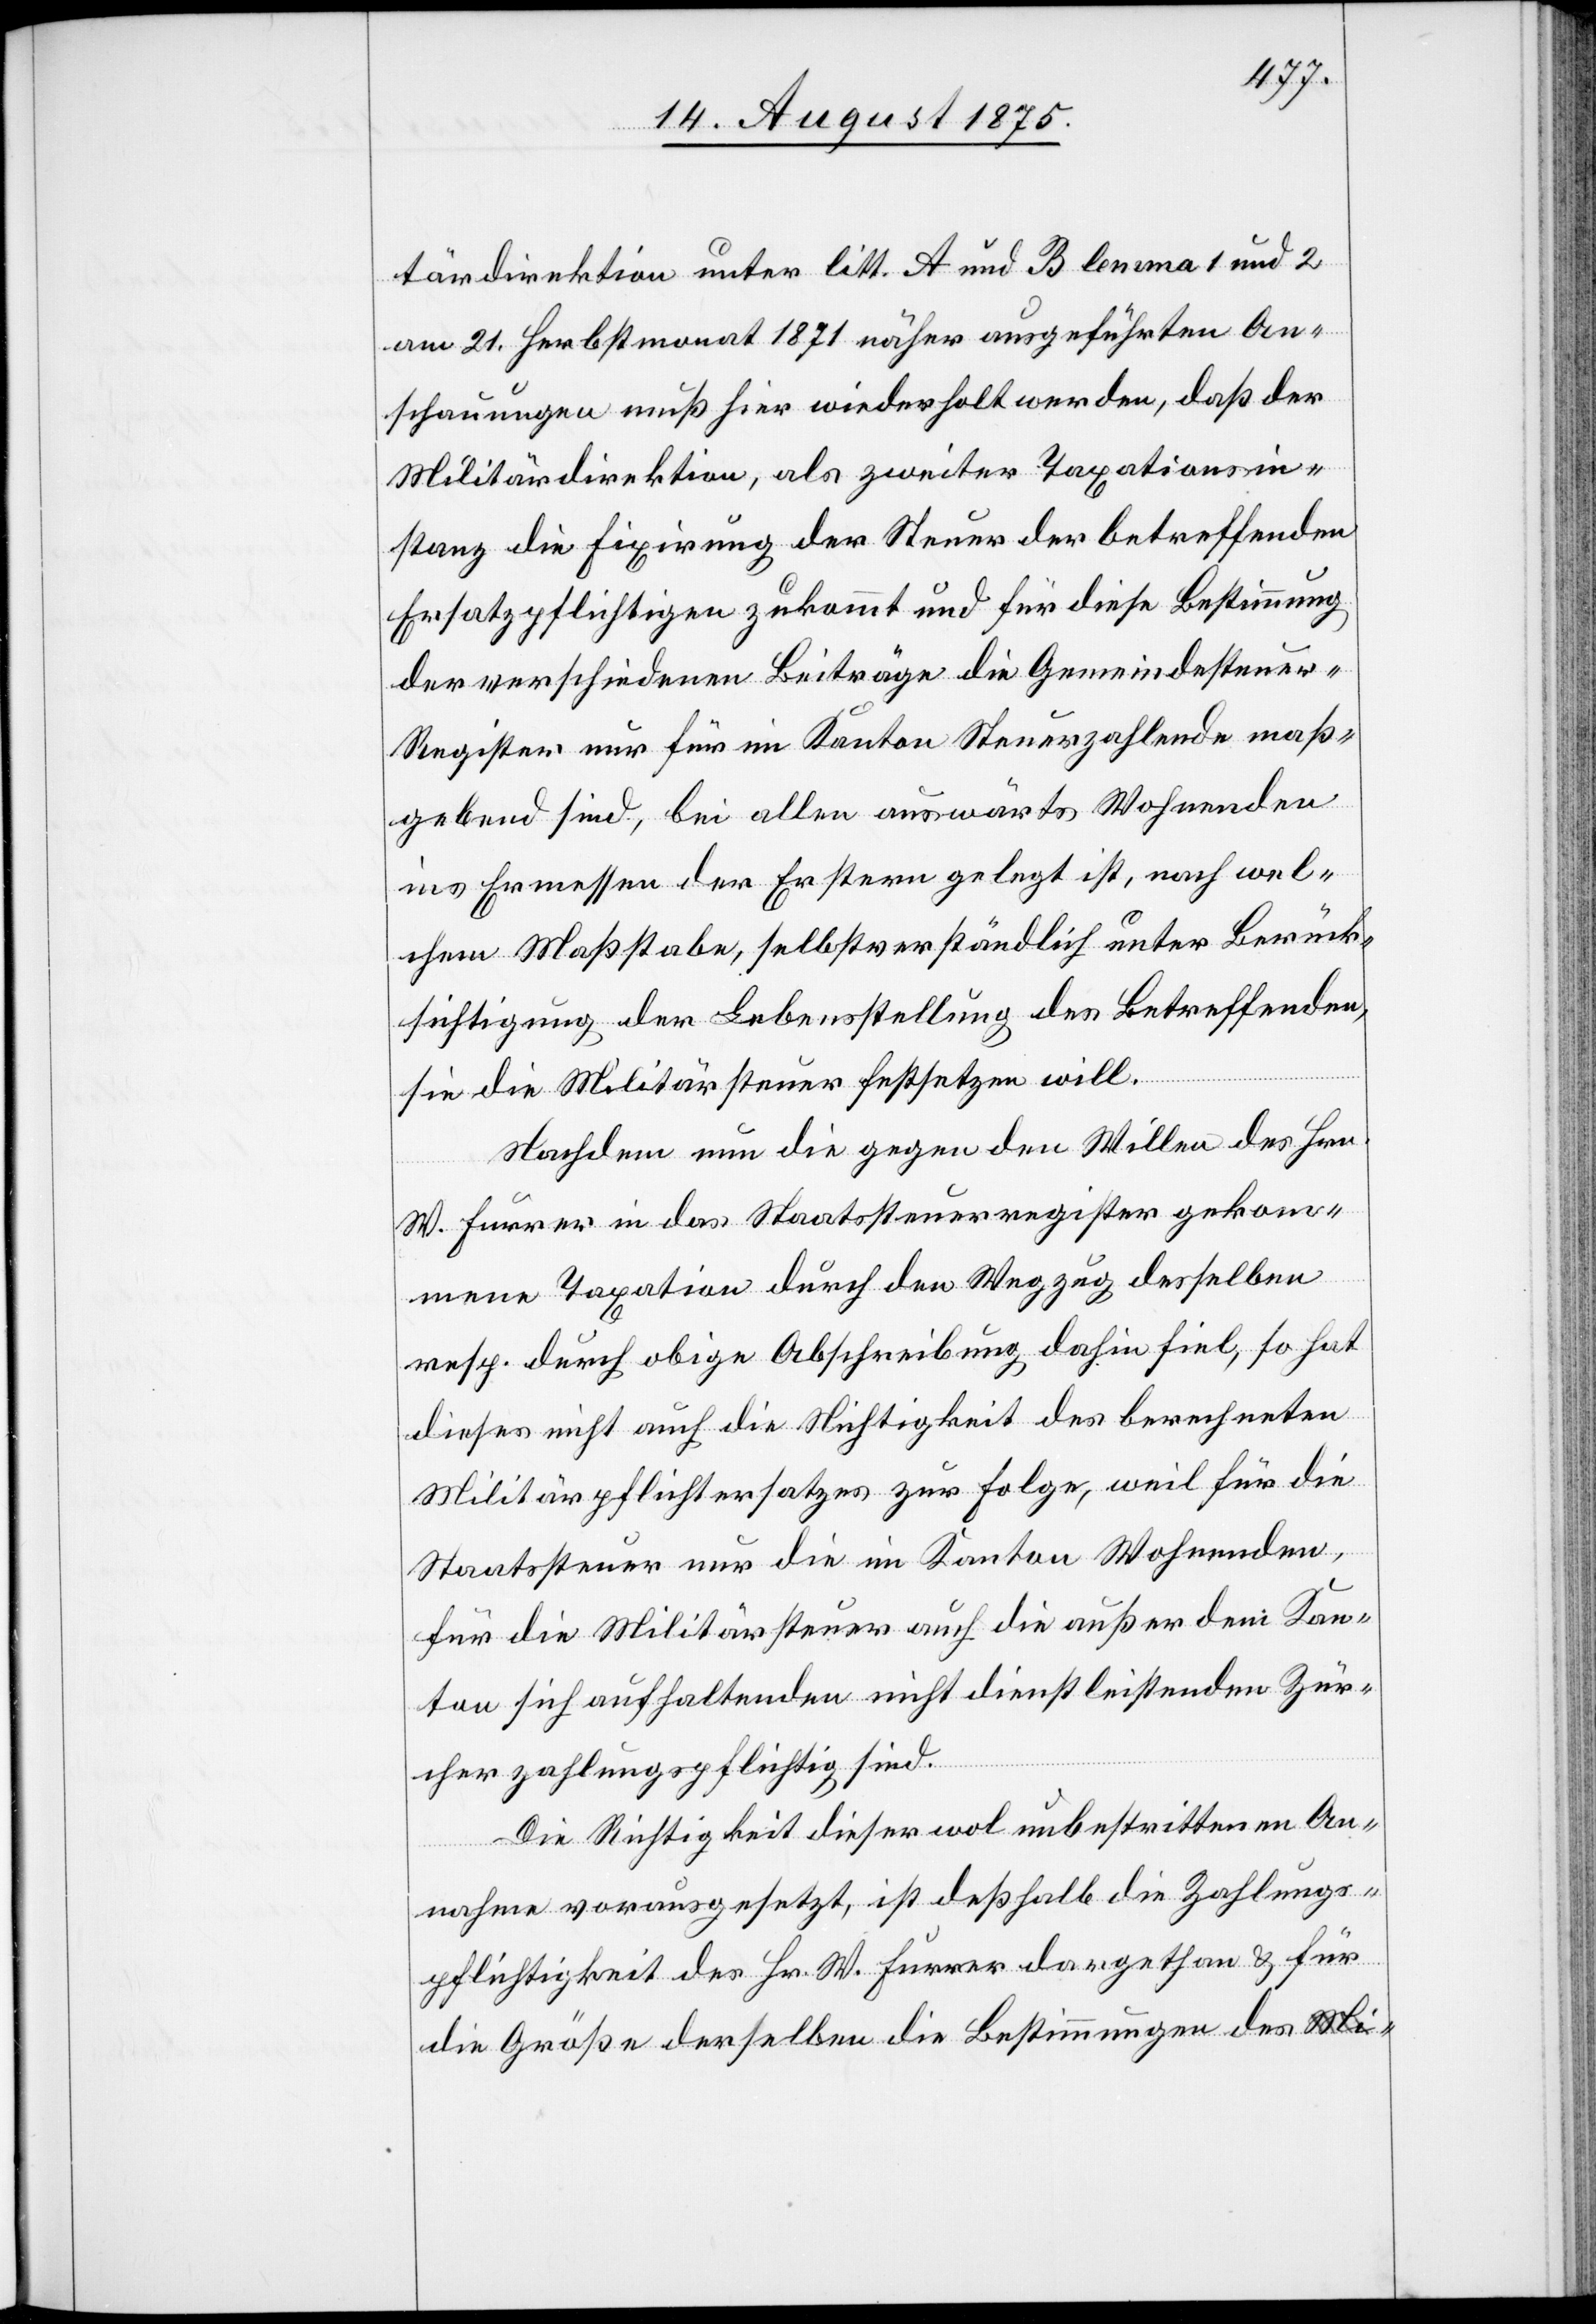
tärdirektion unter litt. A und B lemma 1 und 2
am 21. Herbstmonat 1871 näher ausgeführten An¬
schauungen muß hier wiederholt werden, daß der
Militärdirektion, als zweiter Taxationsin¬
stanz die Fixirung der Steuer der betreffenden
Ersatzpflichtigen zukommt und für diese Bestimmung
der verschiedenen Beiträge die Gemeindesteue¬
r-Register nur für im Kanton Steuerzahlende maß¬
gebend sind, bei allen auswärts Wohnenden
ins Ermessen der Erstern gelegt ist, nach wel¬
chem Maßstabe, selbstverständlich unter Berück¬
sichtigung der Lebensstellung des Betreffenden
sie die Militärsteuer festsetzen will.
Nachdem nun die gegen den Willen des Hrn.
W. Furrer in das Staatssteuerregister gekom¬
mene Taxation durch den Wegzug desselben
resp. durch obige Abschreibung dahin fiel, so hat
dieses nicht auch die Nichtigkeit des berechneten
Militärpflichtersatzes zur Folge, weil für die
Staatssteuer nur die im Kanton Wohnenden
für die Militärsteuer auch die außer dem Kan¬
ton sich aufhaltenden nicht dienstleistenden Zür¬
cher zahlungspflichtig sind.
Die Richtigkeit dieser wol unbestrittenen An¬
nahme vorausgesetzt, ist deßhalb die Zahlungs¬
pflichtigkeit des Hr. W. Furrer dargethan & für
die Größe derselben die Bestimmungen des